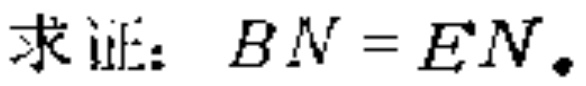
求证：$BN = EN.$